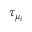
\tau _ { \mu _ { i } }